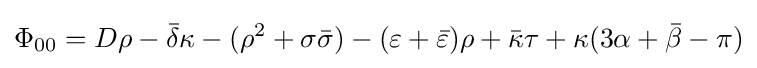
\Phi _{00}=D\rho -{\bar {\delta }}\kappa -(\rho ^{2}+\sigma {\bar {\sigma }})-(\varepsilon +{\bar {\varepsilon }})\rho +{\bar {\kappa }}\tau +\kappa (3\alpha +{\bar {\beta }}-\pi )